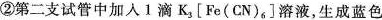
②第二支试管中加入1滴K_{3}[Fe(CN)_{6}]溶液，生成蓝色